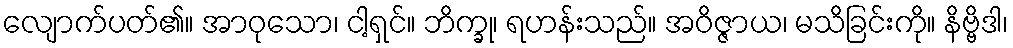
လျောက်ပတ်၏။ အာဝုသော၊ ငါ့ရှင်။ ဘိက္ခု၊ ရဟန်းသည်။ အဝိဇ္ဇာယ၊ မသိခြင်းကို။ နိဗ္ဗိဒါ၊